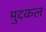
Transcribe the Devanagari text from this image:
मुदकल